Reports on military cantonments and civil stations in the Presidency of Bombay inspected by the Sanitary Commissioner in the years 1875 and 1876
Year: 1875
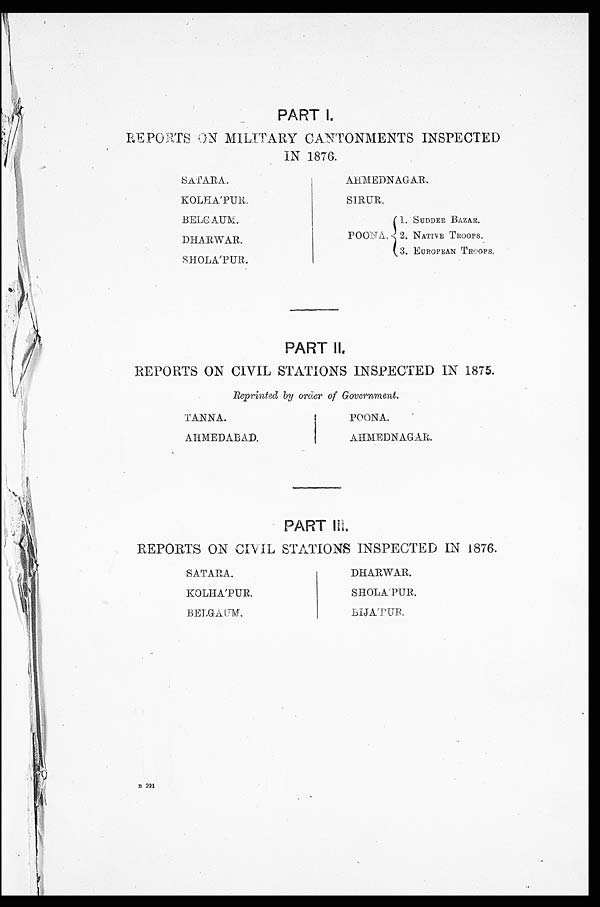
PART I.
REPORTS ON MILITARY CANTONMENTS INSPECTED
IN 1876.
S A T A R A .
AHMEDNAGAR.
K O L H A ' P U R .
S I R U R .
B E L G A U M .
P O O N A
1 . S U D D E R B A Z A R
D H A R W A R .
2. NATIVE TROOPS.
S H O L A ' P U R .
3. EUROPEAN TROOPS.
PART II.
REPORTS ON CIVIL STATIONS INSPECTED IN 1875.
Reprinted by order of Government.
TANNA.
POONA.
AHMEDABAD.
AHMEDNAGAR.
PART III.
REPORTS ON CIVIL STATIONS INSPECTED IN 1876.
SATARA.
D H A R W A R .
KOLHA'PUR.
S H O L A ' P U R .
BELGAUM.
B I J A ' P U R .
B 221